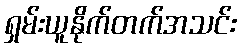
ရှမ်းယူနိုက်တက်အသင်း